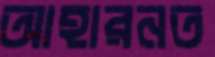
আহারনত